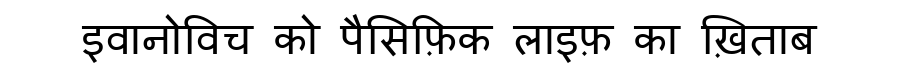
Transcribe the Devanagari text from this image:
इवानोविच को पैसिफ़िक लाइफ़ का ख़िताब